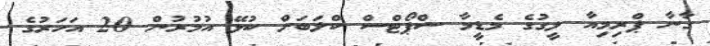
ގާނާ ޕްރިމިއާ ލީގުގެ މެޑީމާ ސްޕޯޓްސް ކްލަބަށް ކުޅޭ އުމުރުން 20 އަހަރުގެ